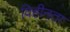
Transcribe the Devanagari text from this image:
विहीनता